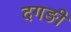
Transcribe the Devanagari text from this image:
दगङी